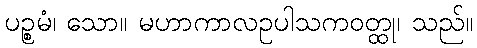
ပဉ္စမံ၊ သော။ မဟာကာလဥပါသကဝတ္ထု၊ သည်။